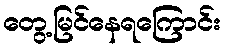
တွေ့မြင်နေရကြောင်း